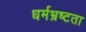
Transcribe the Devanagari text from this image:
धर्मभ्रष्टता